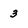
Character: 3